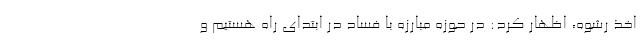
اخذ رشوه، اظهار کرد: در حوزه مبارزه با فساد در ابتدای راه هستیم و